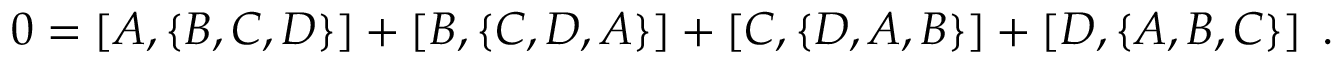
0 = \left[ A , \left\{ B , C , D \right\} \right] + \left[ B , \left\{ C , D , A \right\} \right] + \left[ C , \left\{ D , A , B \right\} \right] + \left[ D , \left\{ A , B , C \right\} \right] \; .